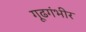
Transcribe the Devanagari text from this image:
गूढगंभीर